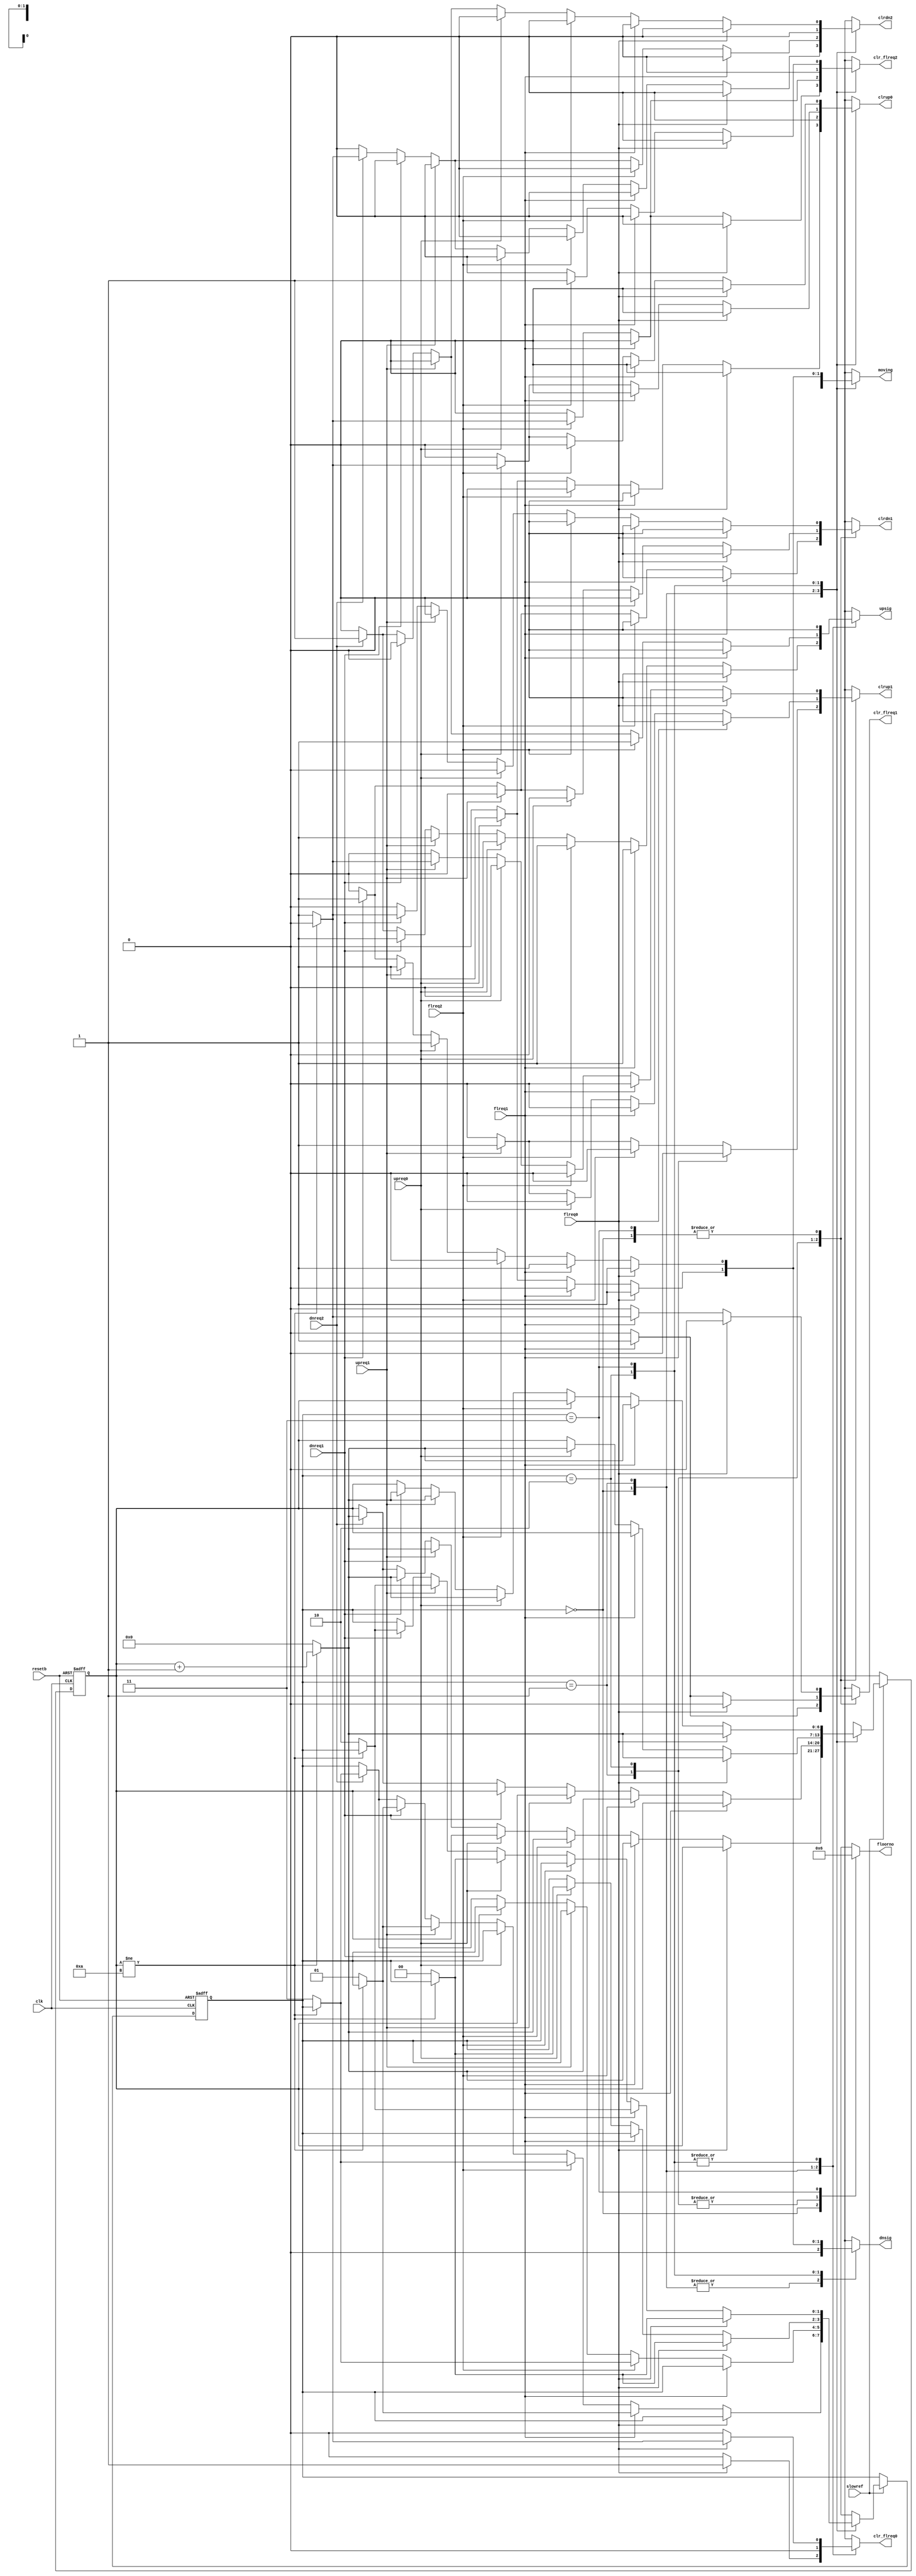
module lift_sm(
    input            clk, resetb, slowref,
    input            upreq0,
    input            upreq1, dnreq1,
    input            dnreq2,
    input            flreq0, flreq1, flreq2,	
    output reg       clr_flreq0,clr_flreq1,clr_flreq2,
    output reg [1:0] floorno,              
    output reg       clrup0, clrup1, clrdn1, clrdn2,
    output reg       upsig, dnsig, moving
);

reg [1:0] sm;                                    // State Machine
reg [1:0] nxtsm;

reg [6:0] ctr;                                   // Floor to Floor Delay Counter
reg [6:0] nxtctr;

// Terminal Count enumerartion
parameter ct_tc = 10;
          
// State enumeration
parameter [1:0] LVL0  = 2'b00,
                LVL1U = 2'b01,                   // prioritize moving up
                LVL1D = 2'b10,                   // prioritize moving down
                LVL2  = 2'b11;

// Floor number enumeration
parameter [1:0] GND = 2'b00,
                ONE = 2'b01,
                TWO = 2'b10;
				
always @(posedge clk or negedge resetb)
    if (!resetb) begin //{
        sm  <= LVL0;
        ctr <= 6'b0;
    end //}
    else if (slowref) begin //{
        sm  <= nxtsm;
        ctr <= nxtctr;
     end //}
     
always @(*) begin //{
    clr_flreq0 = 0; 
    clr_flreq1 = 0; 
    clr_flreq2 = 0;
    clrup0     = 0; 
    clrup1     = 0; 
    clrdn1     = 0; 
    clrdn2     = 0;
    upsig      = 0; 
    dnsig      = 0; 
    moving     = 0;
    floorno    = GND;
    nxtsm      = sm;
    nxtctr     = ctr;
    case (sm) //{
      LVL0 : begin //{                           *Start of LVL0
        floorno = GND;
        if (flreq0) begin //{
            clr_flreq0 = 1;
        end //}
        else if (flreq1) begin //{               *Start of flreq1  
            // We move up to 1st floor
            moving = 1;
            upsig  = 1;
            if (ctr != ct_tc) begin //{
                nxtctr = ctr + 1'b1;
            end //}
            else begin //{
                nxtctr     = 6'b0;
                nxtsm      = LVL1U;
                clr_flreq1 = 1;
            end //}
        end //}                                  *End of flreq1
        else if (flreq2) begin //{               *Start of flreq2
            // We move up to 2nd floor
            moving = 1;
            upsig  = 1;
            if (ctr != ct_tc) begin //{
                nxtctr = ctr + 1'b1;
            end //}
            else begin //{
                nxtctr     = 6'b0;
                nxtsm      = LVL2;
                clr_flreq2 = 1;
            end //}
        end //}                                  *End of flreq2
        else if (upreq0) begin //{
            clrup0 = 1;
        end //}
        else if (upreq1) begin //{               *Start of upreq1
            // We move up to 1st floor
            moving = 1;
            upsig  = 1;
            if (ctr != ct_tc) begin //{
                nxtctr = ctr + 1'b1;
            end //}
            else begin //{
                nxtctr = 4'b0;
                nxtsm  = LVL1U;
                clrup1 = 1;
            end //}
        end //}                                  *End of upreq1
        else if (dnreq1) begin //{               *Start of dnreq1
            // We move up to 1st floor
            moving = 1;
            upsig  = 1;
            if (ctr != ct_tc) begin //{
                nxtctr = ctr + 1'b1;
            end //}
            else begin //{
                nxtctr = 6'b0;
                nxtsm  = LVL1U;
                clrdn1 = 1;
            end //}
        end //}                                  *End of dnreq1
        else if (dnreq2) begin //{               *Start of dnreq2
            // We move up to 2nd floor
            moving = 1;
            upsig  = 1;
            if (ctr != ct_tc) begin //{
                nxtctr = ctr + 1'b1;
            end //}
            else begin //{
                nxtctr = 6'b0;
                nxtsm  = LVL2;
                clrdn2 = 1;
            end //}
        end //}                                  *End of dnreq2
    end //}                                      *End of LVL0
    
    LVL1U : begin //{                            *Start of LVL1
        floorno = ONE;
        if (flreq1) begin //{
            // We stay in the current floor
            clr_flreq1 = 1;
        end //}
        else if (flreq2) begin //{               *Start of flreq2
            // We move to 2nd floor
            moving = 1;
            upsig  = 1;
            if (ctr != ct_tc) begin //{
                nxtctr = ctr + 1'b1;
            end //}
            else begin //{
                nxtctr     = 6'b0;
                nxtsm      = LVL2;
                clr_flreq2 = 1;
            end //}                              *End of flreq2
    	end //}
	//end //}
	else if (upreq1) begin //{
	    clrup1 = 1;
	end //}
	else if (dnreq1) begin //{
	    clrdn1 = 1;
	end //}
	else if (dnreq2) begin //{
	    moving = 1;
	    upsig  = 1;
	    if (ctr != ct_tc) begin //{
	        nxtctr = ctr + 1'b1;
	    end //}
	    else begin //{
                nxtctr = 6'b0;
                nxtsm = LVL2;
                clrdn2 = 1;
	    end //}
	end //}
    end //}                                      *End of LVL1
    
    LVL1D : begin //{
        floorno = ONE;
	if (flreq0) begin //{
	    moving = 1;
	    dnsig  = 1;
	    if (ctr != ct_tc) begin //{
	        nxtctr = ctr + 1'b1;
	    end //}
	    else begin //{
                nxtctr = 6'b0;
                nxtsm = LVL0;
                clr_flreq0 = 1;
	    end //}
	end //}
	else if (flreq1) begin //{
	    clr_flreq1 = 1;
	end //}
	else if (upreq0) begin //{
	    moving = 1;
	    dnsig  = 1;
	    if (ctr != ct_tc) begin //{
	        nxtctr = ctr + 1'b1;
	    end //}
	    else begin //{
                nxtctr = 6'b0;
                nxtsm  = LVL0;
                clrup0 = 1;
	    end //}
	end //}
	else if (upreq1) begin //{
	    clrup1 = 1;
	end //}
	else if (dnreq1) begin //{
	    clrdn1 = 1;
	end //}
    end //}

    LVL2 : begin //{                             *Start of LVL2
        floorno = TWO;
        if (flreq0) begin //{
            // We move down to 0th floor
	    moving = 1;
	    dnsig  = 1;
	    if (ctr != ct_tc) begin //{
                nxtctr = ctr + 1'b1;
	    end //}
	    else begin //{
                nxtctr     = 6'b0;
                nxtsm      = LVL0;
                clr_flreq0 = 1;
	    end //}
        end //}
        else if (flreq1) begin //{               *Start of flreq1  
            // We move down to 1st floor
            moving = 1;
            dnsig  = 1;
            if (ctr != ct_tc) begin //{
                nxtctr = ctr + 1'b1;
            end //}
	        else begin //{
                nxtctr     = 6'b0;
                nxtsm      = LVL1D;
                clr_flreq1 = 1;
            end //}
        end //}                                  *End of flreq1
        else if (flreq2) begin //{               *Start of flreq2
            clr_flreq2 = 1;
        end //}                                  *End of flreq2
        else if (upreq0) begin //{
            // We move down to 1st floor
            moving = 1;
            dnsig  = 1;
	        if (ctr != ct_tc) begin //{
	            nxtctr = ctr + 1'b1;
	        end //}
	        else begin //{
	            nxtctr = 6'b0;
                    nxtsm  = LVL0;
                    clrup0 = 1;
	        end //}
        end //}
        else if (upreq1) begin //{               *Start of upreq1
            // We move down to 1st floor
            moving = 1;
            dnsig  = 1;
            if (ctr != ct_tc) begin //{
                nxtctr = ctr + 1'b1;
            end //}
	        else begin //{
                nxtctr = 6'b0;
                nxtsm  = LVL1D;
                clrup1 = 1;
            end //}
        end //}                                  *End of upreq1
        else if (dnreq1) begin //{               *Start of dnreq1
            // We move down to 1st floor
            moving = 1;
            dnsig  = 1;
            if (ctr != ct_tc) begin //{
                nxtctr = ctr + 1'b1;
            end //}
	        else begin //{
                nxtctr = 6'b0;
                nxtsm  = LVL1D;
                clrdn1 = 1;
            end //}
        end //}                                  *End of dnreq1
        else if (dnreq2) begin //{               *Start of dnreq2
            clrdn2 = 1;
        end //}                                  *End of dnreq2
    end //}                                      *End of LVL0
    default: ;
    endcase //}                                  *End of case statement   
end //}                                          *End of always @ * begin

endmodule